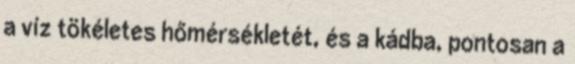
a víz tökéletes hőmérsékletét, és a kádba, pontosan a